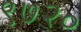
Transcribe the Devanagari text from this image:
९७२०